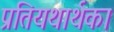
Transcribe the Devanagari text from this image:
प्रतियथार्थका